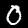
Label: 0